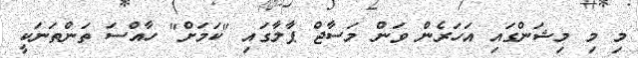
މި މި މިޝަންގައި އަހަރެން ވަން މަސާޖް ޕާލާގައި "ކަމަށް" ހާއްސަ ތަންތަނަކީ